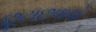
છૂટાછવાયો